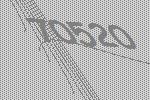
70520